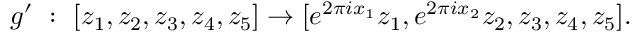
g ^ { \prime } \ : \ [ z _ { 1 } , z _ { 2 } , z _ { 3 } , z _ { 4 } , z _ { 5 } ] \rightarrow [ e ^ { 2 \pi i x _ { 1 } } { z _ { 1 } } , e ^ { 2 \pi i x _ { 2 } } { z _ { 2 } } , z _ { 3 } , z _ { 4 } , z _ { 5 } ] .